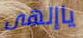
ياإلهى